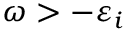
\omega > - \varepsilon _ { i }